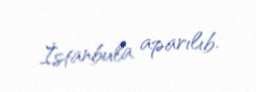
İstanbula aparılıb.